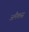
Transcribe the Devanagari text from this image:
अमैकस